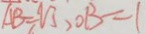
A B = 2 3 , O B = 1